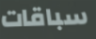
سباقات